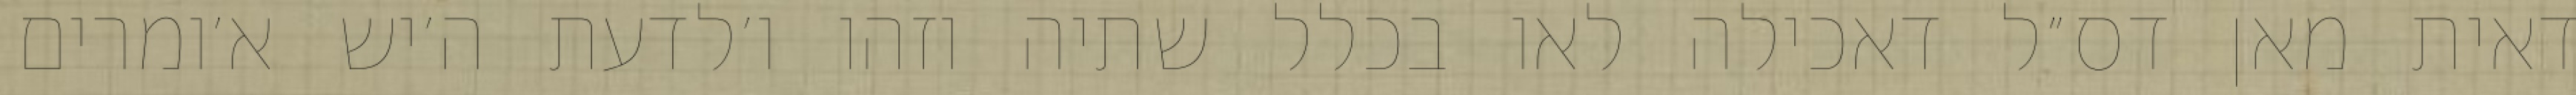
דאית מאן דס״ל דאכילה לאו בכלל שתיה וזהו ו׳לדעת ה׳יש א׳ומרים